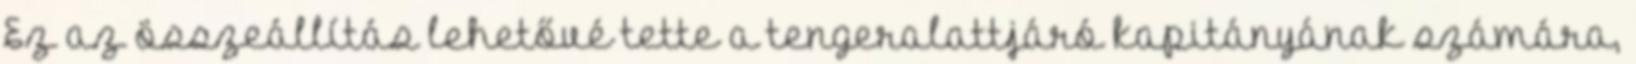
Ez az összeállítás lehetővé tette a tengeralattjáró kapitányának számára,